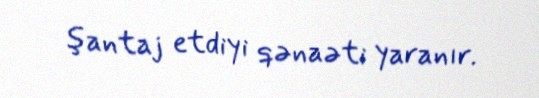
şantaj etdiyi qənaəti yaranır.